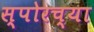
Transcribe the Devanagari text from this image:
स्पोरच्या